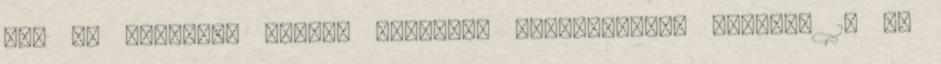
aki az átlagnál kisebb mérettel rendelkezik? Hölgyek 19 cm